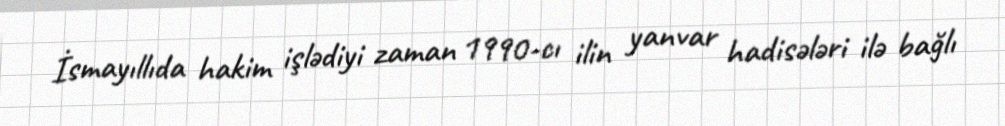
İsmayıllıda hakim işlədiyi zaman 1990-cı ilin yanvar hadisələri ilə bağlı